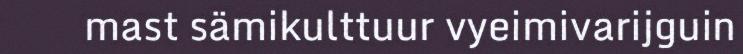
mast sämikulttuur vyeimivarijguin